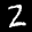
Label: 2